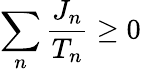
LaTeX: \sum_{n}{\frac{J_{n}}{T_{n}}}\geq 0